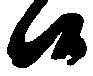
候